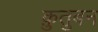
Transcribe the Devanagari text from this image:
क़ुतुबन